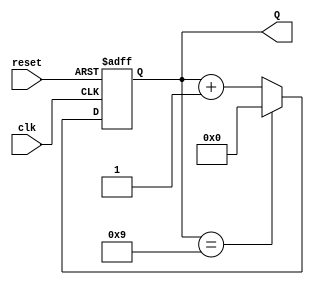
module BCD_Counter (
    input wire clk,          // Clock input
    input wire reset,        // Asynchronous reset
    output reg [3:0] Q       // BCD output (Q3, Q2, Q1, Q0)
);

// Asynchronous reset and counting logic
always @(posedge clk or posedge reset) begin
    if (reset) begin
        Q <= 4'b0000;       // Reset the counter to 0
    end else begin
        if (Q == 4'b1001) begin
            Q <= 4'b0000;   // Reset to 0 when reaching 10 (1010)
        end else begin
            Q <= Q + 1;     // Increment the counter
        end
    end
end

endmodule